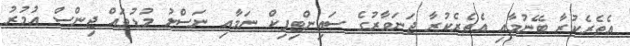
އެތެރެކުރާ ބޭނުމާއި އެތެރެކުރާ ޖަނަވާރުގެ ސައިންޓިފިކް ނަމާއި ނަސްލު މުޑުވައް ޖިންސް އުމުރު